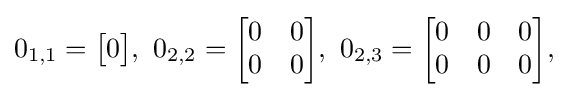
0_{1,1}={\begin{bmatrix}0\end{bmatrix}},\ 0_{2,2}={\begin{bmatrix}0&0\\0&0\end{bmatrix}},\ 0_{2,3}={\begin{bmatrix}0&0&0\\0&0&0\end{bmatrix}},\